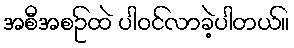
အစီအစဥ်ထဲ ပါဝင်လာခဲ့ပါတယ်။